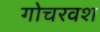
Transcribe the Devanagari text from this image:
गोचरवश